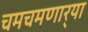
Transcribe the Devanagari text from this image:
चमचमणार्‍या